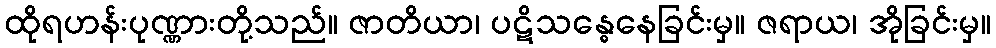
ထိုရဟန်းပုဏ္ဏားတို့သည်။ ဇာတိယာ၊ ပဋိသန္ဓေနေခြင်းမှ။ ဇရာယ၊ အိုခြင်းမှ။